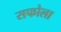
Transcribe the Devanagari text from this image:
सफोला